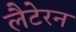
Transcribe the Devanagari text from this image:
लैटेरन